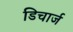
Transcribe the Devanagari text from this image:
डिचार्ज